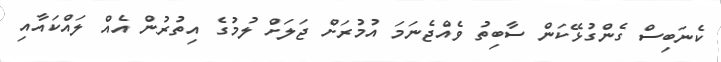
ކެނަބިސް ގެންގުޅޭކަން ސާބިތު ވެއްޖެނަމަ އުމުރަށް ޖަލަށް ލުމުގެ އިތުރުން އެއް ލައްކައާއި